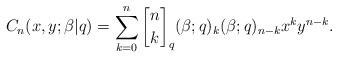
LaTeX: \begin{align*}C_n(x, y; \beta|q)=\sum_{k=0}^n {n\brack k}_q (\beta; q)_k (\beta; q)_{n-k} x^k y^{n-k}.\end{align*}